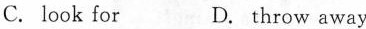
C. look for D. throw away